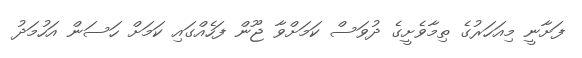
ފަށާނީ މިއަހަރުގެ ތިމާވެށީގެ ދުވަސް ކަަމަށްވާ ޖޫން ފަހެއްގައި ކަމަށް ހަސަން އަހުމަދު